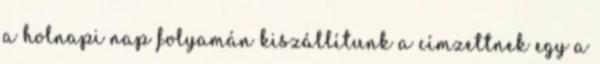
a holnapi nap folyamán kiszállítunk a címzettnek egy a